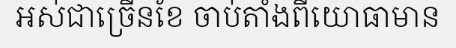
អស់ជាច្រើនខែ ចាប់តាំងពីយោធាមាន